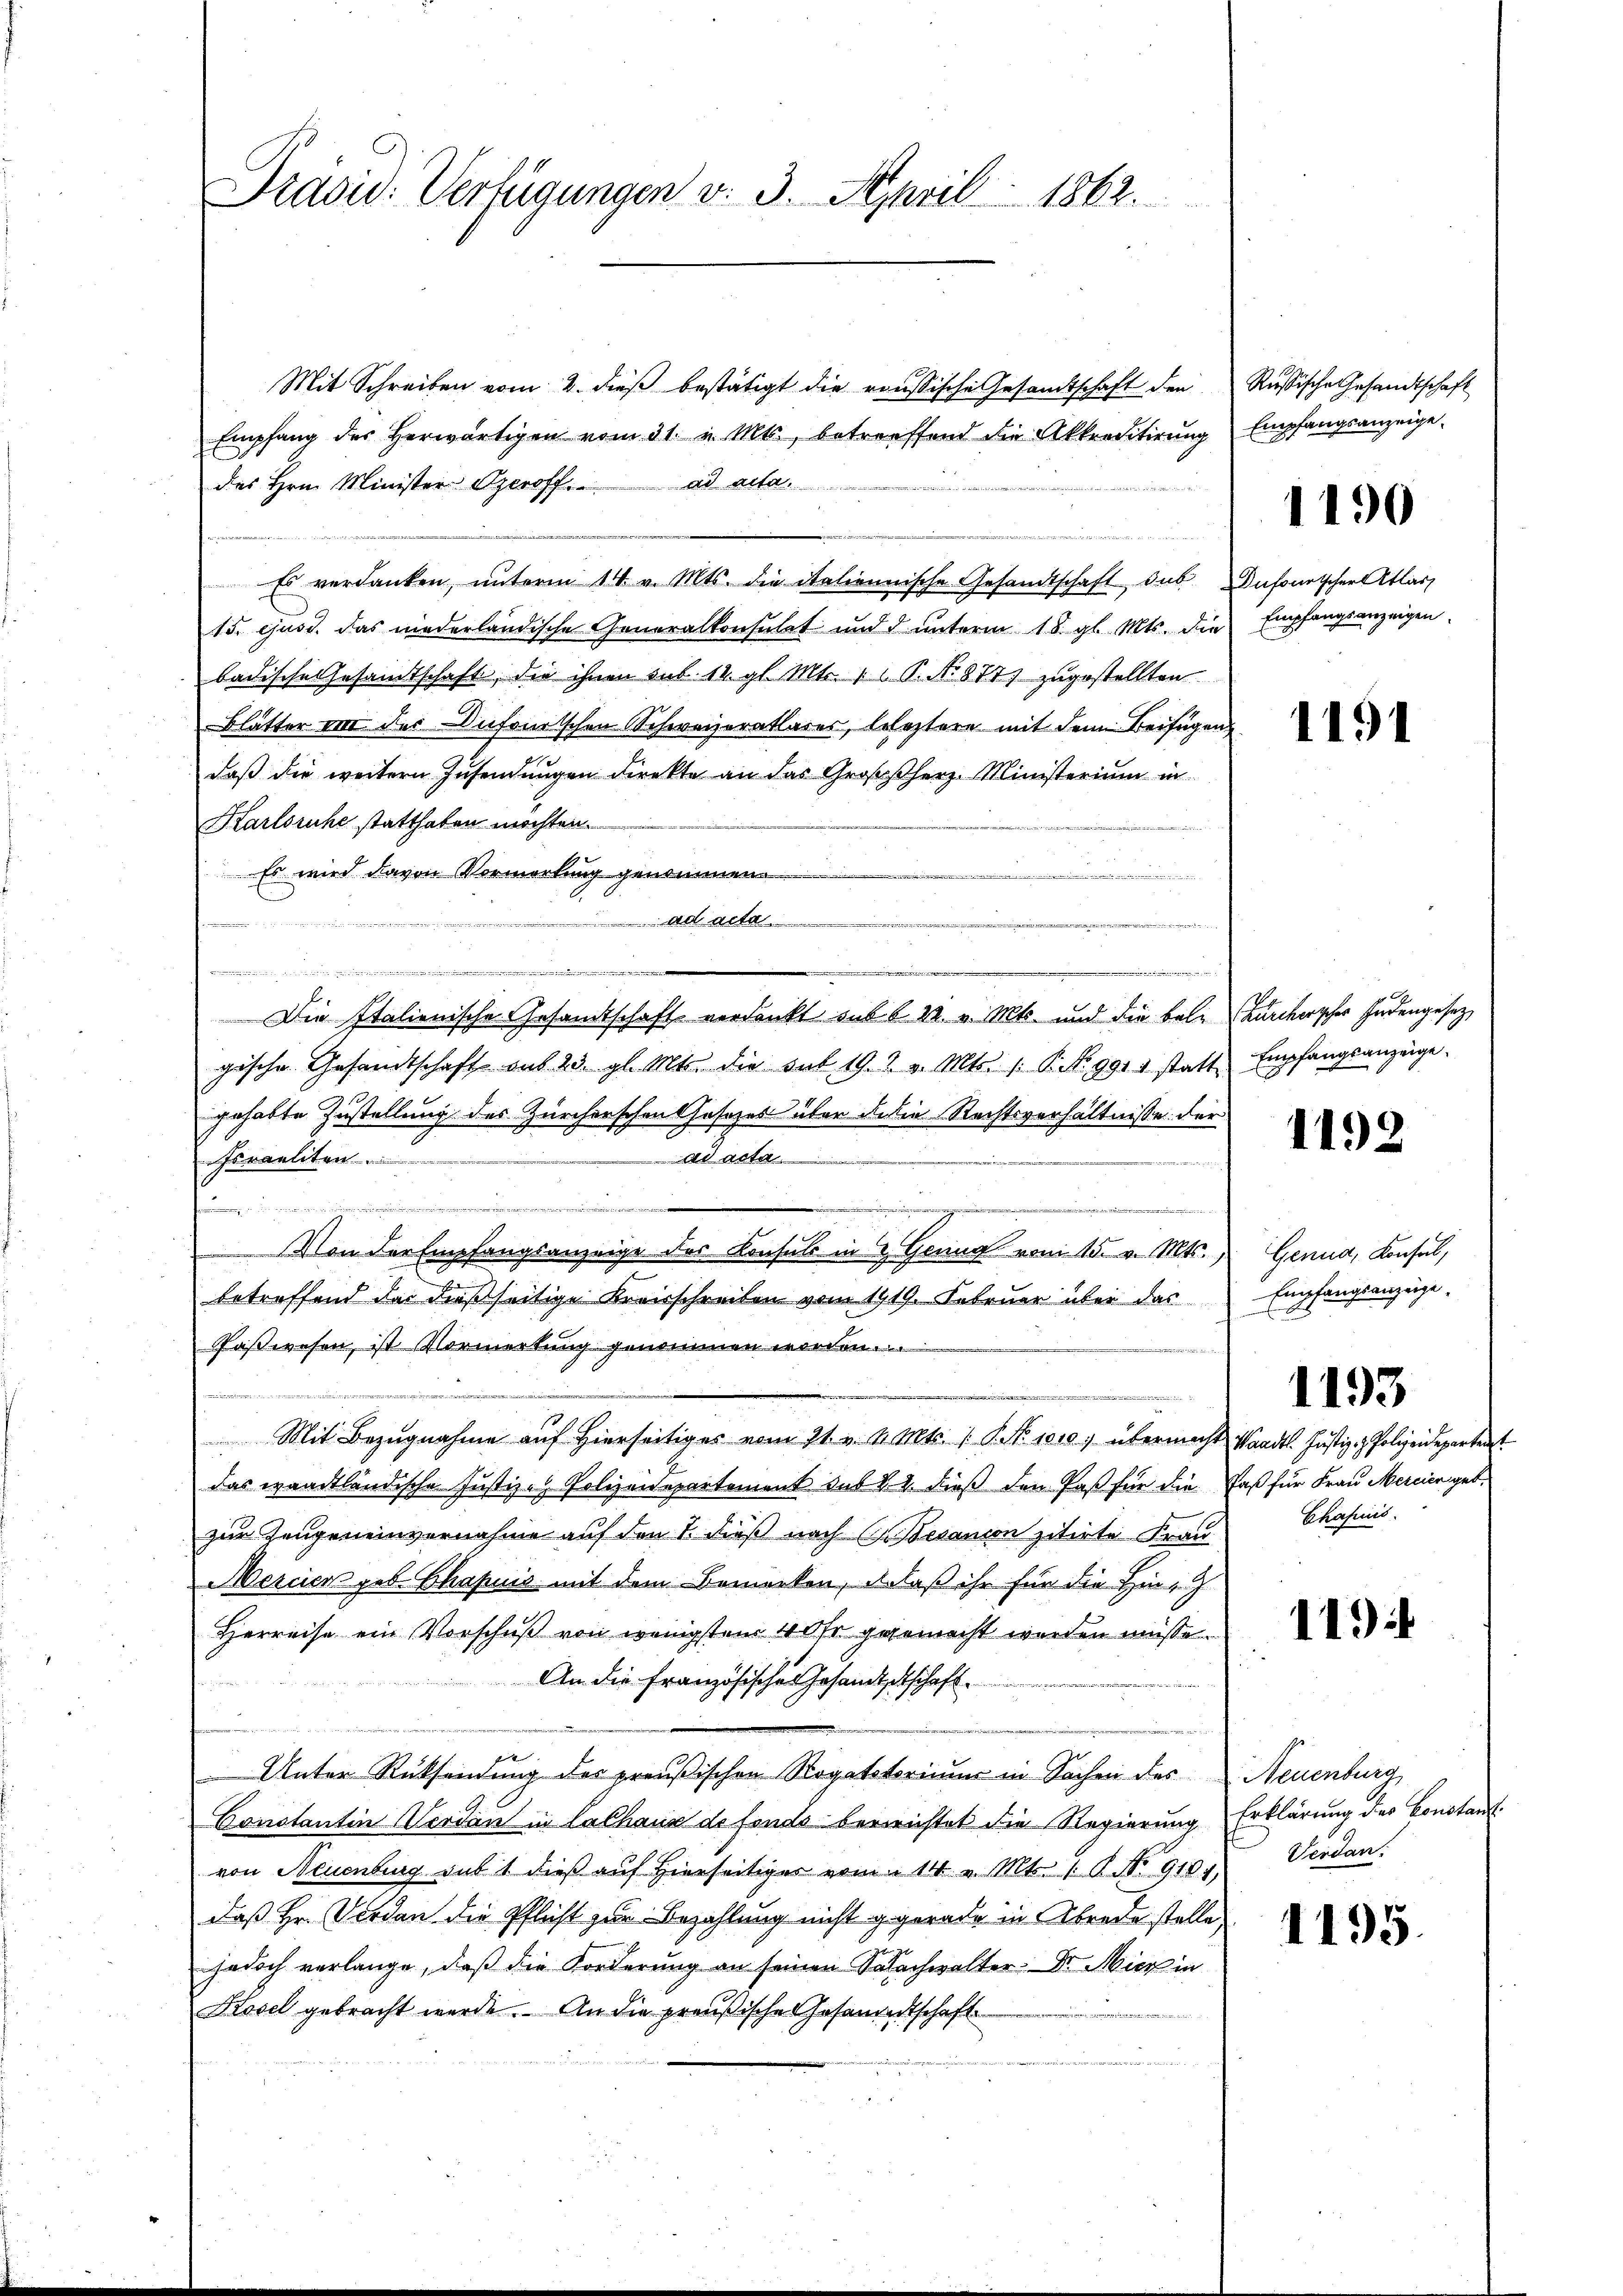
Prasid: Verfügungen v. 3. April 1862.

Mit Schreiben vom 2. dieß bestätigt die roussische Gesandtschaft den Russische Gesandtschaft
Empfang der herwärtigen vom 31. v. Mts., betreffend die Akkreditirŭng empfangsanzeige
des Hrn. Minister Operoff. ad acta.

Es verdanken, ŭnterm 14. v. Mts. die italiennische Gesandtschaft sub. Dufourtscher Atlas
15. ejusd. das niederländische Generalkonsulat und d ŭnterm 18. gl. Mts. die Empfangsanzeigen
badische Gesandtschaft, die ihnen sub 14. gl. Mts. 1 P. N. 877) zugestellten
Blätter von der Dufomtschen Schweizerathares, beseztere mit dem Beifügen
daβ die weitern Zusendŭngen direkte an das Großherz-Ministerium in
Karlsruhe statthaten möchten.
d
Es wird davon Vormerkung genommen
.
adl alte

Die Italienische Gesamtschaft verdankt sub 1 4. v. Mts. und die bele Burckerscher Judengesetz
gische Gesandtschaft aus 23. gl. Mts. die mit 19. 2. v. Mts. 1. P. No. 9911 statt
gehabte Zustellung des Zürcherschen Cosezes über da die Rechtsverhältnisse der
earten
sraeliten ......
e
d
d
d
Von der Empfangsanzeige des Konsuls in 2 Hering vom 15. v. Mts. Genud, Konsul,
betreffend der dießseitige Kreisschreiben vom 1919. Februar über das
Paßwesen, ist Vormerkung genommen worden.
u
Mit Bezŭgnahme aŭf hierseitiges vom 21. v. d. Mts. 1. P. No 1010, übermacht Waadt. Justiz- & Polizeidepartenst
das waadtländische Justiz- & Polizeidepartement sub N. 4. dieß den Paß für die Faß für Frau Mercier geb.
zur Zeugeneinvernahme auf den 1. dieß nach Gesanion zitirte Frau
Mercier geb. Chapuis mit dem Bemerken, anlaß ihr für die Hin-
Herreise ein Vorschuß von wenigstem 4 Uhr gegemacht werden müsse.
An die Französisches Gesandtschschaft.
Unter Rücksendung des preußischen Rogatstorium in Sachen des Neuenburg,
Conotantin Verdan in Cathaus de fonds bereichtet die Regierung Erklärung des Constant
von Neuenburg sub 1 dieß auf Hierseitiges vom 14. v. Mts. 1. No 9184.
daß Hr. Vorden die Pflicht zur Bezahlung nicht gegerade in Abrede stelle
jedoch verlange, daß die Forderung an seinen Salachwalter: Dr. Mich in
Kösel gebracht werde. An die preußische Gesammtschaft

e

1190

1191

Empfangsanzeige.

1192

Empfangsanzeige.

1193

Chahnis.

119

Verdan

1195.